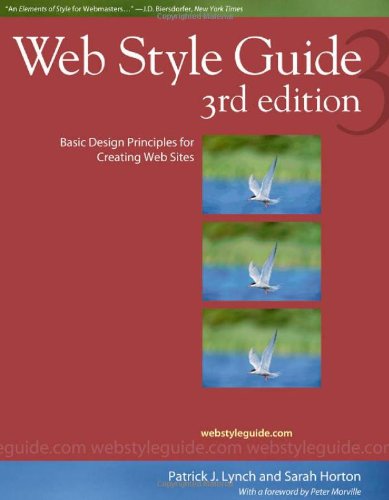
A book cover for Web Style Guide: Basic Design Principles for Creating Web Sites; Patrick J. Lynch; Computers & Technology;